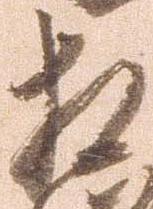
相